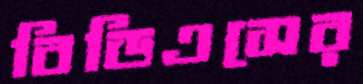
বিডিএসের